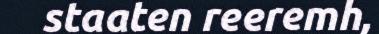
staaten reeremh,